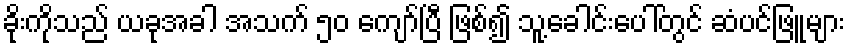
ခိုးကိုသည် ယခုအခါ အသက် ၅၀ ကျော်ပြီ ဖြစ်၍ သူ့ခေါင်းပေါ်တွင် ဆံပင်ဖြူများ